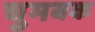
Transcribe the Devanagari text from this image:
चुमबक